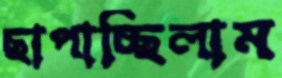
ছাপাচ্ছিলাম